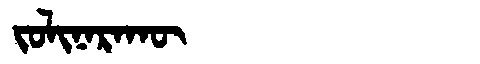
Manchu: ᠵᠣᠯᡳᠨᠠᡵᠠᡴᡡ
Romanization: JOLINARAKŪ